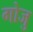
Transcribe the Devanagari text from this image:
गोजु